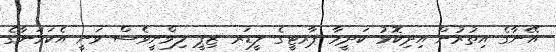
އޭނާގެ އިތުރުން އިދިކޮޅު ކަދީމާ ޕާރޓީގެ ލީޑަރ ޒިޕީ ލިވްނީވެސް ވަނީ އެކަމަނާގެ